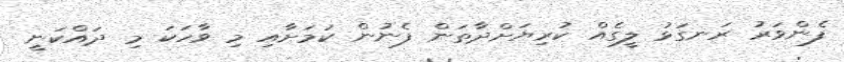
ފެންވަރު ރަނގަޅު ލީގެއް ކުރިޔަށްދާތަން ފެނުން ކަމަށާއި މި ވާހަކަ މި ދައްކަނީ